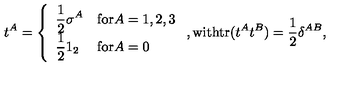
t ^ { A } = \left\{ \begin{array} { l l } { \displaystyle \frac { 1 } { 2 } \sigma ^ { A } } & { \mathrm { f o r } A = 1 , 2 , 3 } \\ { \displaystyle \frac { 1 } { 2 } 1 _ { 2 } } & { \mathrm { f o r } A = 0 } \\ \end{array} \right. , \mathrm { w i t h t r } ( t ^ { A } t ^ { B } ) = \frac { 1 } { 2 } \delta ^ { A B } ,